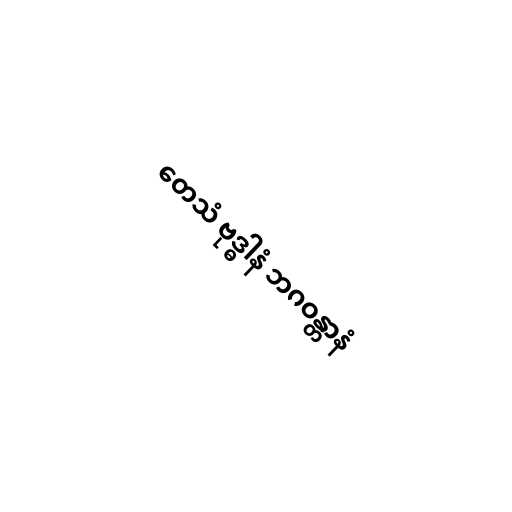
တေသံ ဗုဒ္ဓါနံ ဘဂဝန္တာနံ